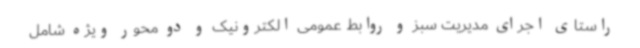
راستای اجرای مدیریت سبز و روابط عمومی الکترونیک و دو محور ویژه شامل